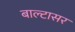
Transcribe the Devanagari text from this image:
बाल्टासर